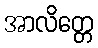
အာလိတ္တေ